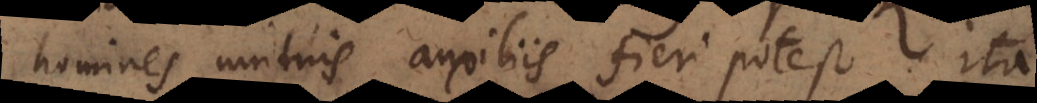
homines mutuis auxiliis fieri potest. Ita